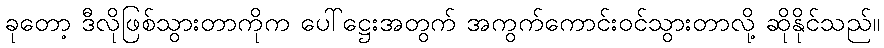
ခုတော့ ဒီလိုဖြစ်သွားတာကိုက ပေါ်ဋ္ဌေးအတွက် အကွက်ကောင်းဝင်သွားတာလို့ ဆိုနိုင်သည်။